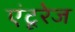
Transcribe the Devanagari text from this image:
एंटूरेज